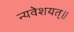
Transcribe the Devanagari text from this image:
न्यवेशयत्॥